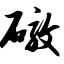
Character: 礅